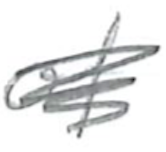
Text: of
Cross-out: scratch
Writing tool: pencil